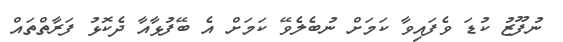
ނުފޫޒު ކުޑަ ވެފައިވާ ކަމަށް ނުބެލެވޭ ކަމަށް އެ ބޭފުޅާއާ ދެކޮޅު ފަރާތްތައް